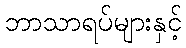
ဘာသာရပ်များနှင့်